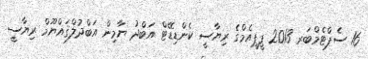
16 ސެޕްޓެމްބަރ 2013 ޕީޕީއެމްގެ ރިޔާސީ ކެންޑިޑޭޓް އަބްދު ޔާމިން އަބްދުލްޤައްޔޫމް ރިޔާސީ